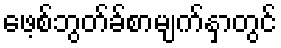
ဖေ့စ်ဘွတ်ခ်စာမျက်နှာတွင်